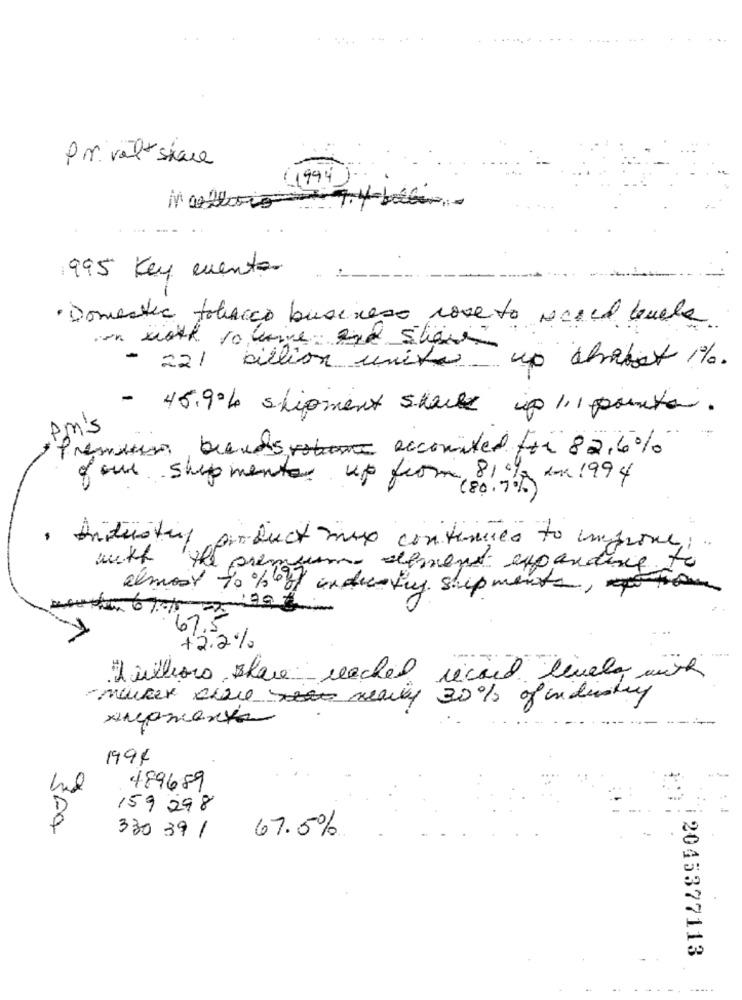
P.m. valt share
(1994)
995 Key evento
· Domestic tobacco business rose to nesed teuele
- 221 billion unita up chabot %.
- 45.9% shipment skal up 1,1 ponto.
pm's
Premium biendo robione accounted for 82,6%
of out shipmenter up from, 81 c/ box 1994
(80.7%)
product mus continues to improve
with 'the premium
- element expanding to
almost to beof industry shipments,to
67.7
+2.2%
Trillions skare reached ricard lively with
-market share really 30% of industry
1994
489689
159 298
300
67.5%
330 39 1
2045377113
----- -----